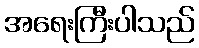
အရေးကြီးပါသည်